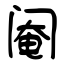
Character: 阉